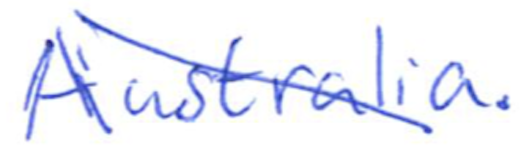
Text: Australia.
Cross-out: diagonal
Writing tool: ballpoint